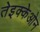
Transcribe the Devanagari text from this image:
तेइक्केओन